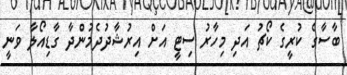
ބާސާގެ ކުރީގެ ކޯޗު އަދި މިހާރު ސިޓީ އަށް އިރުޝާދުދެމުންދާ ގާޑިއޯލާ ވަނީ